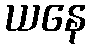
ယနေ